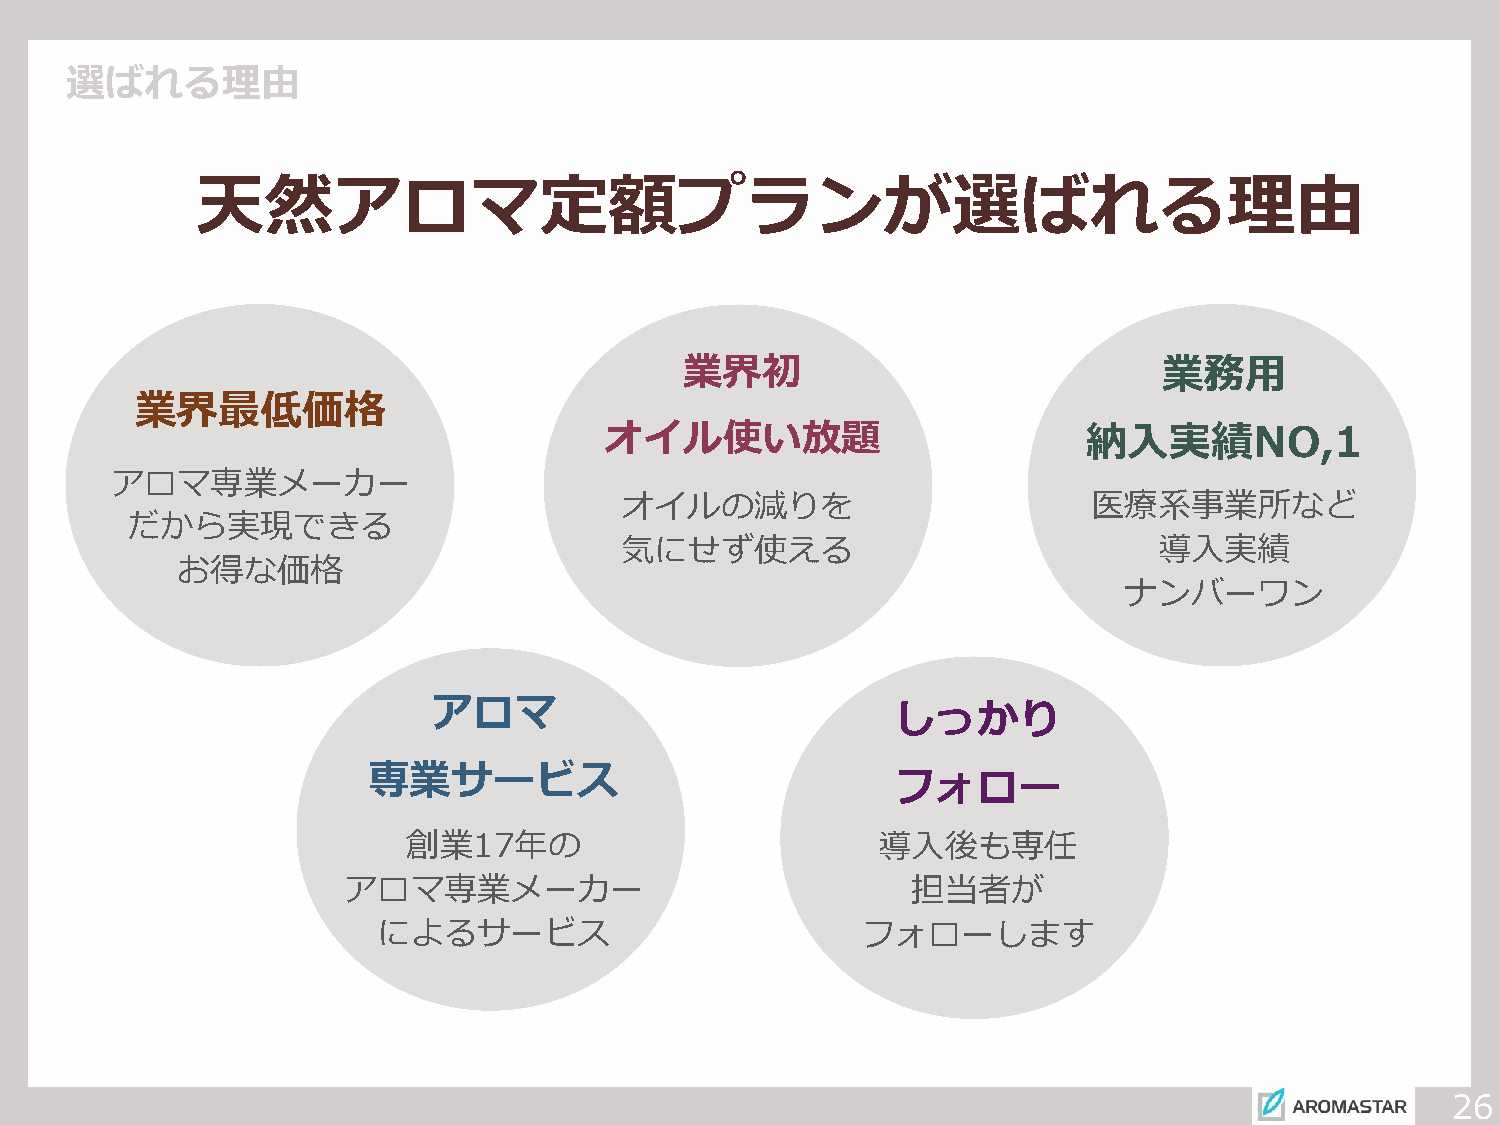
選ばれる理由
 天然アロマ定額プランが選ばれる理由
 業界初                             業務用
 業界最低価格
 オイル使い放題                         納入実績NO,1
 アロマ専業メーカー
 オイルの減りを                        医療系事業所など
 だから実現できる
 気にせず使える                             導入実績
 お得な価格
 ナンバーワン
 アロマ
 しっかり
 専業サービス
 フォロー
 創業17年の                         導入後も専任
 アロマ専業メーカー                            担当者が
 によるサービス                         フォローします
 26